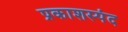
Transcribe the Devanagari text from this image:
प्रकाशस्पंद